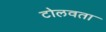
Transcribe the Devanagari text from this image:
टोलवता